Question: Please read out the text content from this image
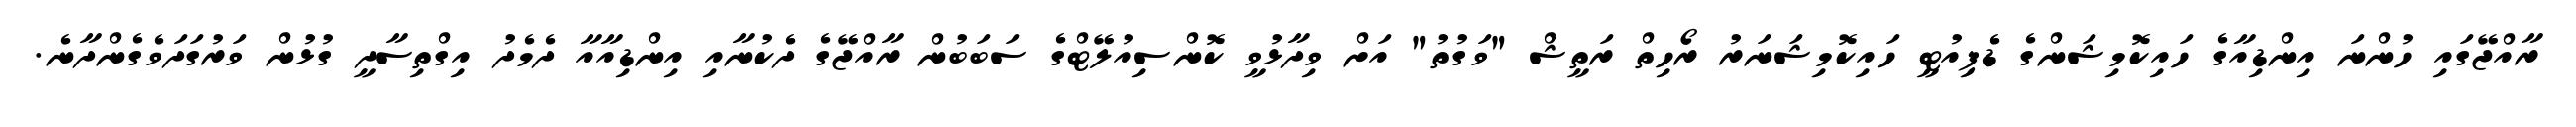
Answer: ރާއްޖޭގައި ހުންނަ އިންޑިއާގެ ހައިކޮމިޝަންގެ ޑެޕިއުޓީ ހައިކޮމިޝަނަރު ރޯހިތް ރަތީޝް "ވަގުތު" އަށް ވިދާޅުވީ ކޮންސިއުލޭޓްގެ ސަބަބުން ރާއްޖޭގެ ދެކުނާއި އިންޑިއާއާ ދެމެދު އިގްތިސާދީ ގުޅުން ވަރުގަދަވެގެންދާނެ.